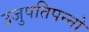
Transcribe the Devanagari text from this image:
उजुपतिपन्नो